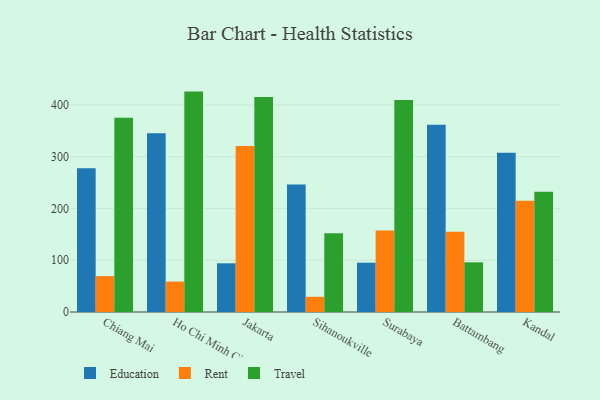
{"axis": {"x": "City", "y": "Market Share (%)"}, "legend": ["Education", "Rent", "Travel"], "data": [{"x": "Chiang Mai", "y": 277.7, "type": "Education"}, {"x": "Chiang Mai", "y": 69.3, "type": "Rent"}, {"x": "Chiang Mai", "y": 375.6, "type": "Travel"}, {"x": "Ho Chi Minh City", "y": 345.6, "type": "Education"}, {"x": "Ho Chi Minh City", "y": 58.8, "type": "Rent"}, {"x": "Ho Chi Minh City", "y": 425.9, "type": "Travel"}, {"x": "Jakarta", "y": 94.1, "type": "Education"}, {"x": "Jakarta", "y": 320.8, "type": "Rent"}, {"x": "Jakarta", "y": 415.7, "type": "Travel"}, {"x": "Sihanoukville", "y": 246.6, "type": "Education"}, {"x": "Sihanoukville", "y": 29.4, "type": "Rent"}, {"x": "Sihanoukville", "y": 152.3, "type": "Travel"}, {"x": "Surabaya", "y": 95.3, "type": "Education"}, {"x": "Surabaya", "y": 157.4, "type": "Rent"}, {"x": "Surabaya", "y": 409.8, "type": "Travel"}, {"x": "Battambang", "y": 362.0, "type": "Education"}, {"x": "Battambang", "y": 155.0, "type": "Rent"}, {"x": "Battambang", "y": 96.0, "type": "Travel"}, {"x": "Kandal", "y": 307.9, "type": "Education"}, {"x": "Kandal", "y": 214.8, "type": "Rent"}, {"x": "Kandal", "y": 232.4, "type": "Travel"}]}